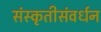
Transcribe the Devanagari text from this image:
संस्कृतीसंवर्धन